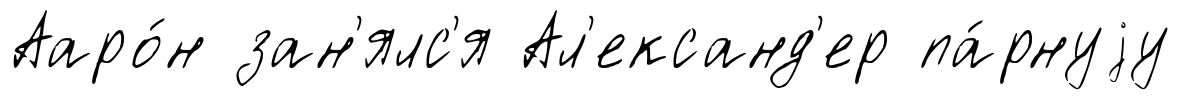
Ааро́н зан'ялс'я Ал'ександ'ер па́рнуjу